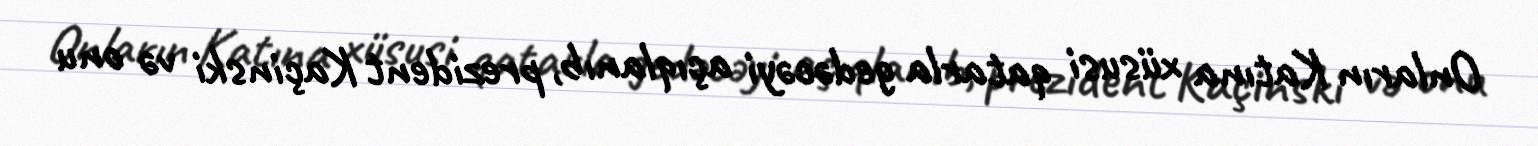
Onların Katına xüsusi qatarla gedəcəyi açıqlanıb, prezident Kaçinski və onu